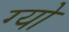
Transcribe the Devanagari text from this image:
ग्यो